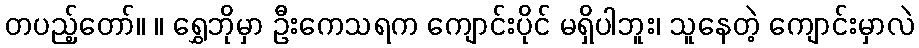
တပည့်တော်။ ။ ရွှေဘိုမှာ ဦးကေသရက ကျောင်းပိုင် မရှိပါဘူး၊ သူနေတဲ့ ကျောင်းမှာလဲ